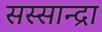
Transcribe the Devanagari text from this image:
सस्सान्द्रा